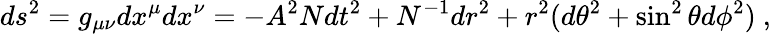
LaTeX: ds^{2}=g_{\mu\nu}dx^{\mu}dx^{\nu}=-{A}^{2}{N}dt^{2}+{N}^{-1}dr^{2}+r^{2}(d\theta^{2}+\sin^{2}\theta d\phi^{2})\ ,